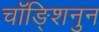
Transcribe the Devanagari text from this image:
चॉङ्शिनुन